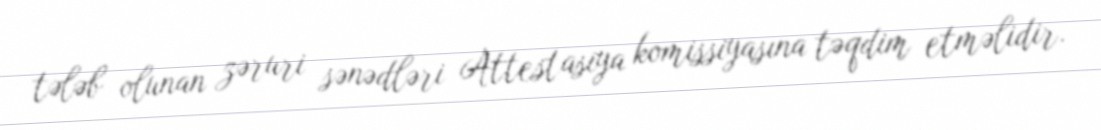
tələb olunan zəruri sənədləri Attestasiya komissiyasına təqdim etməlidir.